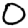
Digit: 0